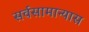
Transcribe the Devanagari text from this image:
सर्वसामान्यास